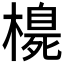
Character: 𪳳